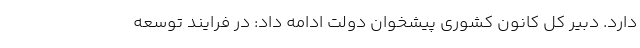
دارد. دبیر کل کانون کشوری پیشخوان دولت ادامه داد: در فرایند توسعه